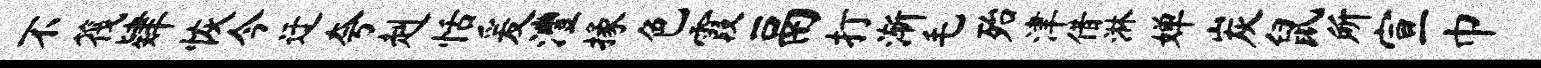
不筏肄恢今迂夸赳恬爰澧掾色霞鬲打渐毛殆津借淋婵炭鼠所宣巾